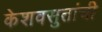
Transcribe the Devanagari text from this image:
केशवसुतांची